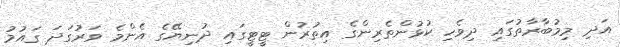
އަދި މިމުބާރާތުގައި ދިވެހި ކުޅުންތެރިންގެ އިތުރުން ޓީޓީގައި ދުނިޔޭގެ އެންމެ ވަރުގަދަ ގައުމު